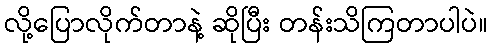
လို့ပြောလိုက်တာနဲ့ ဆိုပြီး တန်းသိကြတာပါပဲ။